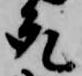
允